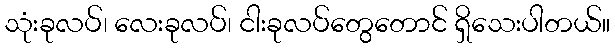
သုံးခုလပ်၊ လေးခုလပ်၊ ငါးခုလပ်တွေတောင် ရှိသေးပါတယ်။